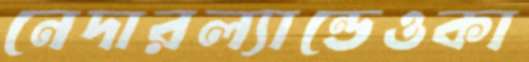
নেদারল্যান্ডেওকা